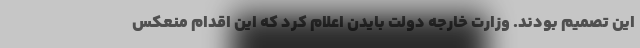
این تصمیم بودند. وزارت خارجه دولت بایدن اعلام کرد که این اقدام منعکس